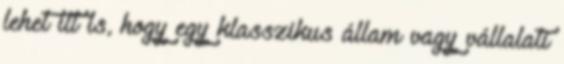
lehet itt is, hogy egy klasszikus állam vagy vállalati